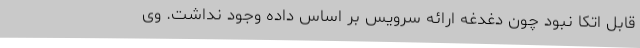
قابل اتکا نبود چون دغدغه ارائه سرویس بر اساس داده وجود نداشت. وی